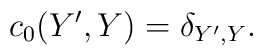
c_0(Y',Y)=\delta_{Y',Y}.